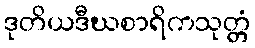
ဒုတိယဒီဃစာရိကသုတ္တံ